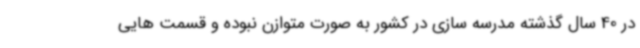
در 40 سال گذشته مدرسه سازی در کشور به صورت متوازن نبوده و قسمت هایی